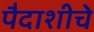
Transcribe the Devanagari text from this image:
पैदाशीचे